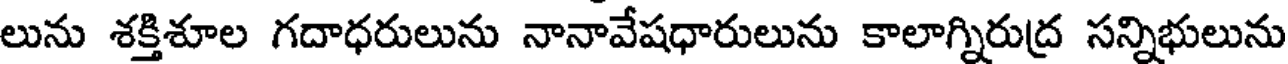
లును శక్తిశూల గదాధరులును నానావేషధారులును కాలాగ్నిరుద్ర సన్నిభులును